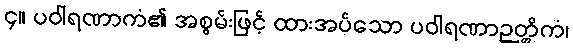
၄။ ပဝါရဏာကံ၏ အစွမ်းဖြင့် ထားအပ်သော ပဝါရဏာဉတ္တိကံ၊